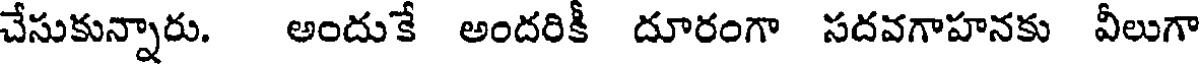
చేసుకున్నారు. అందుకే అందరికీ దూరంగా సదవగాహనకు వీలుగా